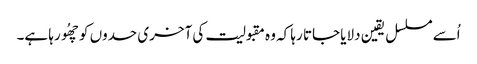
اُسے مسلسل یقین دلایا جاتا رہا کہ وہ مقبولیت کی آخری حدوں کو چھُو رہا ہے۔